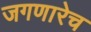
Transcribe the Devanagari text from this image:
जगणारेच